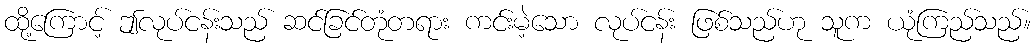
ထို့ကြောင့် ဤလုပ်ငန်းသည် ဆင်ခြင်တုံတရား ကင်းမဲ့သော လုပ်ငန်း ဖြစ်သည်ဟု သူက ယုံကြည်သည်။